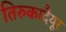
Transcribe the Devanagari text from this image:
तिरुकादैयूर